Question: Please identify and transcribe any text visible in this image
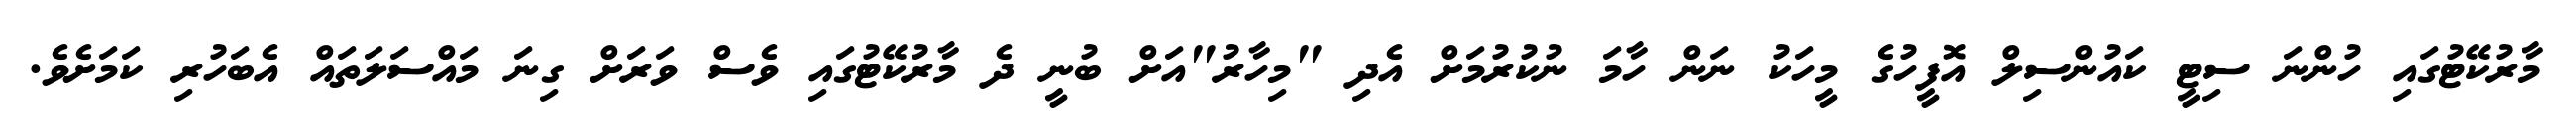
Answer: މާރުކޭޓުގައި ހުންނަ ސިޓީ ކައުންސިލް އޮފީހުގެ މީހަކު ނަން ހާމަ ނުކުރުމަށް އެދި "މިހާރު"އަށް ބުނީ ދެ މާރުކޭޓުގައި ވެސް ވަރަށް ގިނަ މައްސަލަތައް އެބަހުރި ކަމަށެވެ.